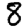
Digit: 8